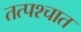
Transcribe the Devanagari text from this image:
तत्‍पश्‍चात